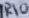
Text: R10